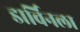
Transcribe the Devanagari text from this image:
डार्विनला